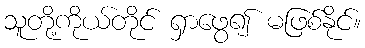
သူတို့ကိုယ်တိုင် ရှာဖွေ၍ မဖြစ်နိုင်။